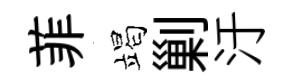
菲竭剿汙